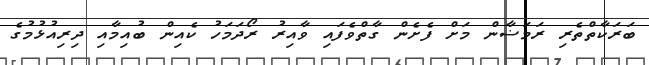
ބަރަކާތްތެރި ރަމަޟާން މަށް ފެށެން ގާތްވެފައި ވާއިރު ރޯދަމަހު ކެއިން ބުއިމާއި ދިރިއުޅުމުގެ